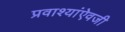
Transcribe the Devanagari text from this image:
प्रवाश्यांऐवजी